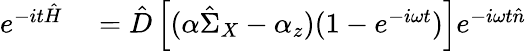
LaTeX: \begin{array}{rl}{e^{-it\hat{H}}}&{{}=\hat{D}\left[(\alpha\hat{\Sigma}_{X}-\alpha_{z})(1-e^{-i\omega t})\right]e^{-i\omega t\hat{n}}}\end{array}